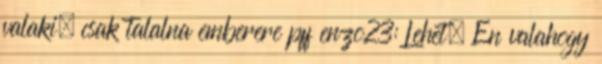
valaki, csak talalna emberere pff enzo23: Lehet. En valahogy